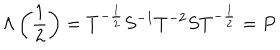
\Lambda \left( \frac { 1 } { 2 } \right) = T ^ { - \frac { 1 } { 2 } } S ^ { - 1 } T ^ { - 2 } S T ^ { - \frac { 1 } { 2 } } = P